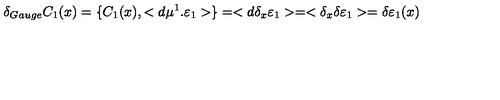
\delta _ { G a u g e } C _ { 1 } ( x ) = \{ C _ { 1 } ( x ) , < d \mu ^ { 1 } . \varepsilon _ { 1 } > \} = < d \delta _ { x } \varepsilon _ { 1 } > = < \delta _ { x } \delta \varepsilon _ { 1 } > = \delta \varepsilon _ { 1 } ( x )